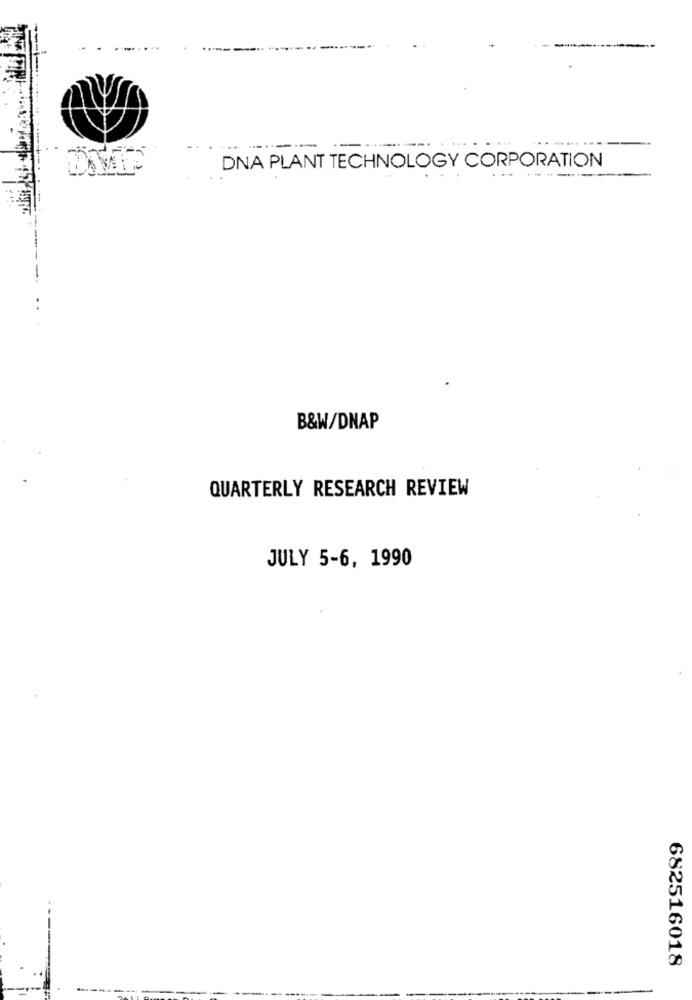
------
DNA PLANT TECHNOLOGY CORPORATION
B&W/DNAP
QUARTERLY RESEARCH REVIEW
JULY 5-6, 1990
682516018
---